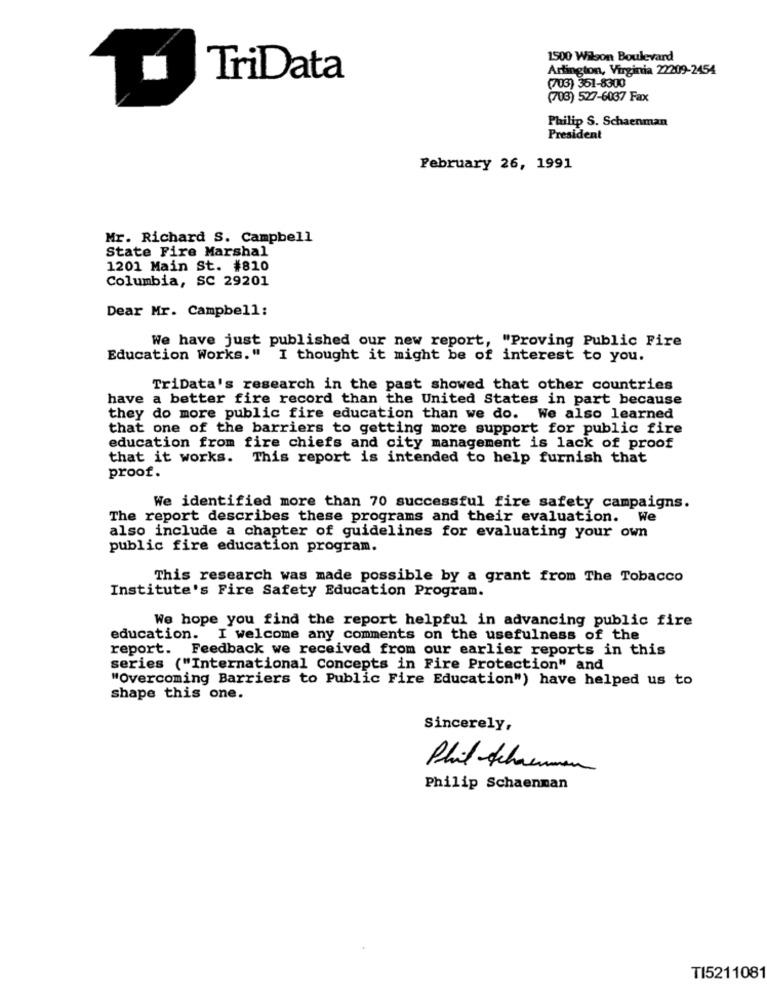
1500 Wilson Boulevard
Arlington, Virginia 22209-2454
TriData
(703) 351-8300
(703) 527-6037 Fax
Philip S. Schaenman
President
February 26, 1991
Mr. Richard S. Campbell
State Fire Marshal
1201 Main St. #810
Columbia, SC 29201
Dear Mr. Campbell:
We have just published our new report, "Proving Public Fire
Education Works." I thought it might be of interest to you.
TriData's research in the past showed that other countries
have a better fire record than the United States in part because
they do more public fire education than we do. We also learned
that one of the barriers to getting more support for public fire
education from fire chiefs and city management is lack of proof
that it works. This report is intended to help furnish that
proof.
We identified more than 70 successful fire safety campaigns.
The report describes these programs and their evaluation. We
also include a chapter of guidelines for evaluating your own
public fire education program.
This research was made possible by a grant from The Tobacco
Institute's Fire Safety Education Program.
We hope you find the report helpful in advancing public fire
education. I welcome any comments on the usefulness of the
report. Feedback we received from our earlier reports in this
series ("International Concepts in Fire Protection" and
"Overcoming Barriers to Public Fire Education") have helped us to
shape this one.
Sincerely,
Phil-Schaumman
Philip Schaennan
TI5211081